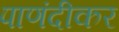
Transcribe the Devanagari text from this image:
पाणंदीकर